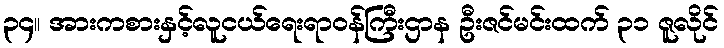
၃၄။ အားကစားနှင့်လူငယ်ရေးရာဝန်ကြီးဌာန ဦးဇင်မင်းထက် ၃၁ ဇူလိုင်